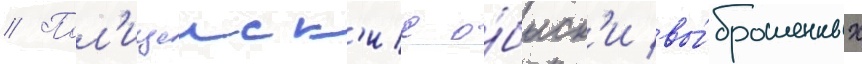
// Пол'ицеиск'ие о́быск'и вы́брошенных